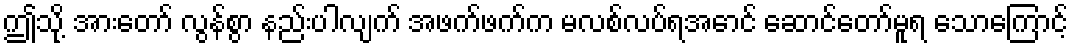
ဤသို့ အားတော် လွန်စွာ နည်းပါလျက် အဖက်ဖက်က မလစ်လပ်ရအောင် ဆောင်တော်မူရ သောကြောင့်